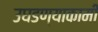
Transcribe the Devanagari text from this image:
उघडण्याकामी